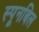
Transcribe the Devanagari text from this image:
स्पूनबिल